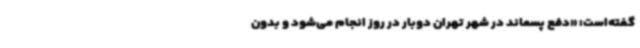
گفته‌است: «دفع پسماند در شهر تهران دوبار در روز انجام می‌شود و بدون